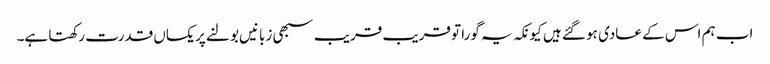
اب ہم اس کے عادی ہو گئے ہیں کیونکہ یہ گورا تو قریب قریب سبھی زبانیں بولنے پر یکساں قدرت رکھتا ہے۔